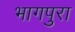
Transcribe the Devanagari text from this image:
भागपुरा